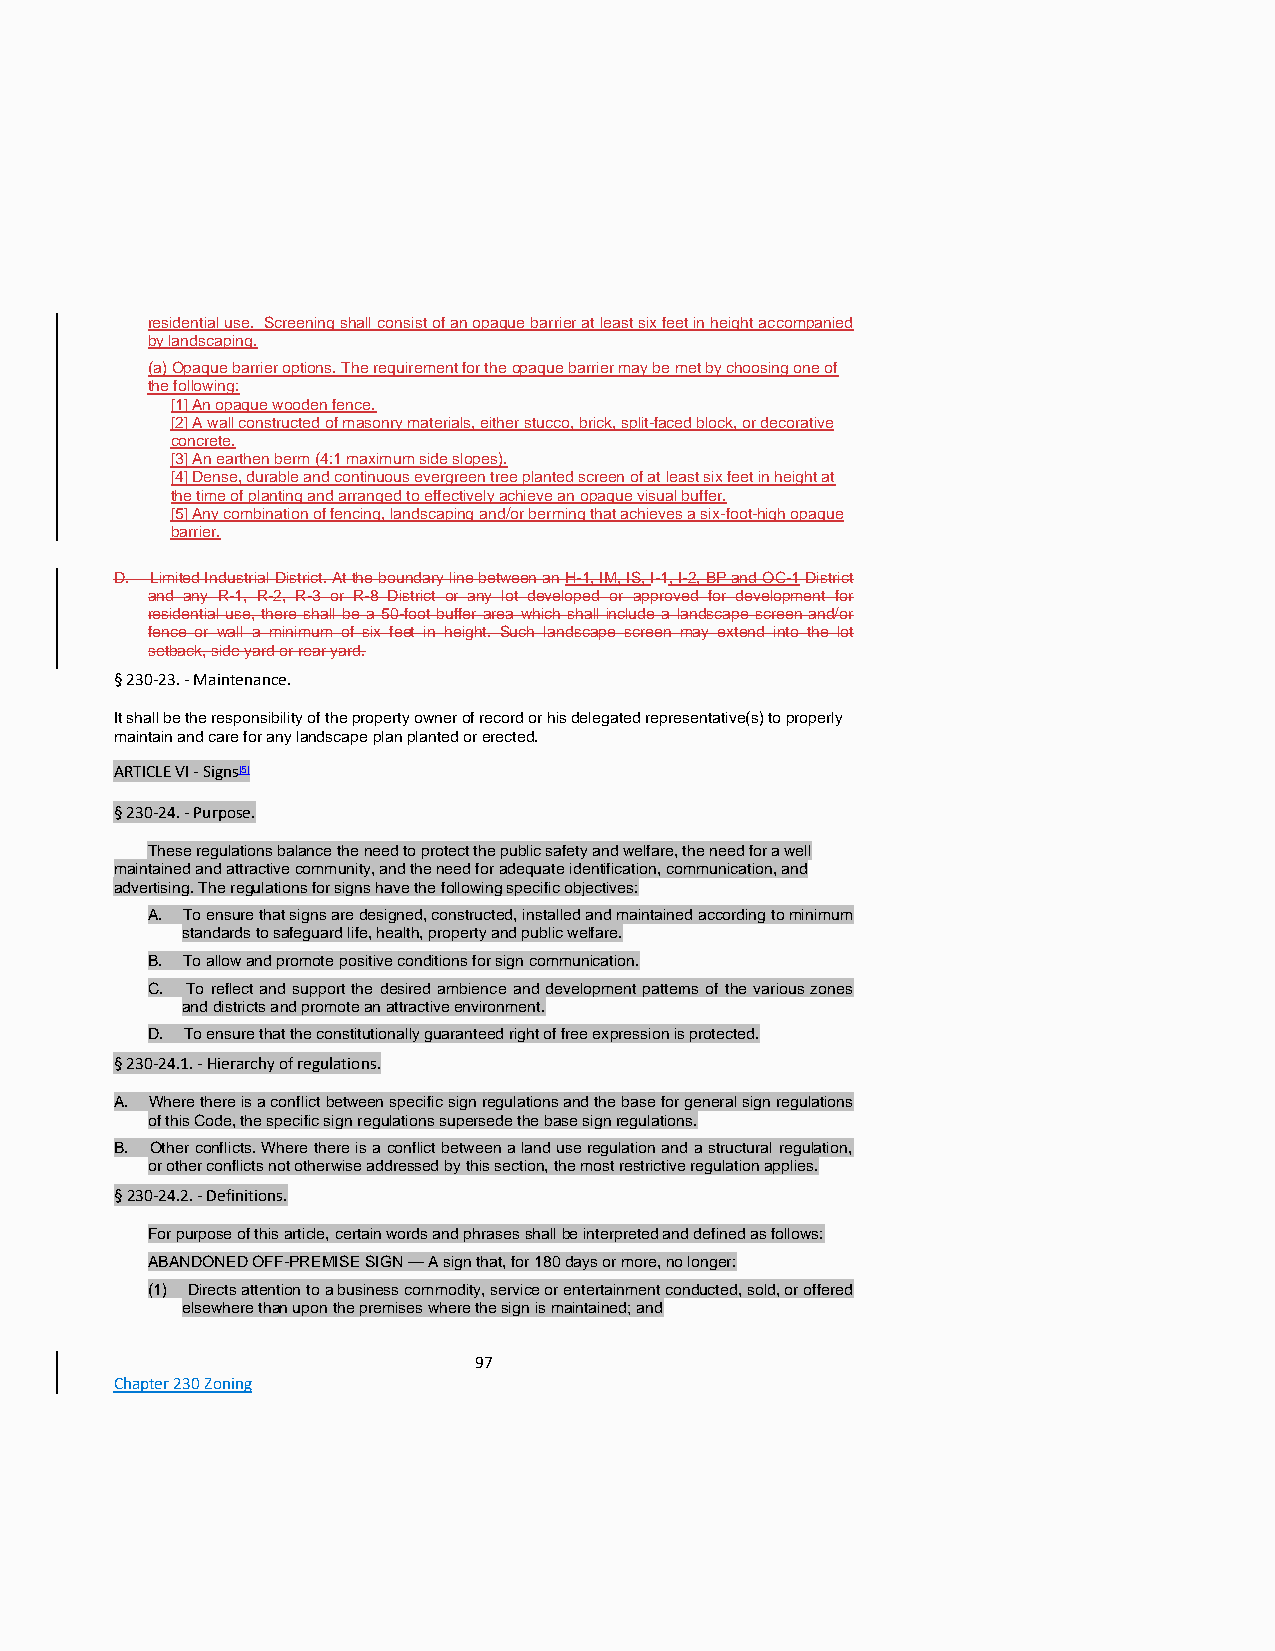
residential use. Screening shall consist of an opaque barrier at least six feet in height accompanied
 by landscaping.
 (a) Opaque barrier options. The requirement for the opaque barrier may be met by choosing one of
 the following:
 [1] An opaque wooden fence.
 [2] A wall constructed of masonry materials, either stucco, brick, split-faced block, or decorative
 concrete.
 [3] An earthen berm (4:1 maximum side slopes).
 [4] Dense, durable and continuous evergreen tree planted screen of at least six feet in height at
 the time of planting and arranged to effectively achieve an opaque visual buffer.
 [5] Any combination of fencing, landscaping and/or berming that achieves a six-foot-high opaque
 barrier.
 D. Limited Industrial District. At the boundary line between an H-1, IM, IS, I-1, I-2, BP and OC-1 District
 and any R-1, R-2, R-3 or R-8 District or any lot developed or approved for development for
 residential use, there shall be a 50-foot buffer area which shall include a landscape screen and/or
 fence or wall a minimum of six feet in height. Such landscape screen may extend into the lot
 setback, side yard or rear yard.
 § 230-23. - Maintenance.
 It shall be the responsibility of the property owner of record or his delegated representative(s) to properly
 maintain and care for any landscape plan planted or erected.
 ARTICLE VI - Signs[5]
 § 230-24. - Purpose.
 These regulations balance the need to protect the public safety and welfare, the need for a well
 maintained and attractive community, and the need for adequate identification, communication, and
 advertising. The regulations for signs have the following specific objectives:
 A. To ensure that signs are designed, constructed, installed and maintained according to minimum
 standards to safeguard life, health, property and public welfare.
 B. To allow and promote positive conditions for sign communication.
 C. To reflect and support the desired ambience and development patterns of the various zones
 and districts and promote an attractive environment.
 D. To ensure that the constitutionally guaranteed right of free expression is protected.
 § 230-24.1. - Hierarchy of regulations.
 A. Where there is a conflict between specific sign regulations and the base for general sign regulations
 of this Code, the specific sign regulations supersede the base sign regulations.
 B. Other conflicts. Where there is a conflict between a land use regulation and a structural regulation,
 or other conflicts not otherwise addressed by this section, the most restrictive regulation applies.
 § 230-24.2. - Definitions.
 For purpose of this article, certain words and phrases shall be interpreted and defined as follows:
 ABANDONED OFF-PREMISE SIGN — A sign that, for 180 days or more, no longer:
 (1) Directs attention to a business commodity, service or entertainment conducted, sold, or offered
 elsewhere than upon the premises where the sign is maintained; and
 97
 Chapter 230 Zoning